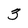
Character: 3